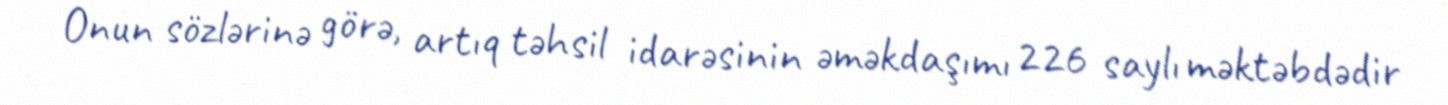
Onun sözlərinə görə, artıq təhsil idarəsinin əməkdaşımı 226 saylı məktəbdədir